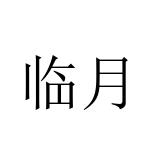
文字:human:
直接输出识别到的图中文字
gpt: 临月